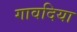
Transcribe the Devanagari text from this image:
गावदिया